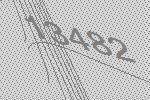
13482